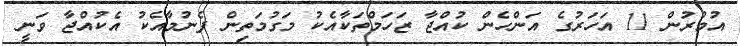
އުމުރުން 11 އަހަރުގެ އަންހެން ކުއްޖާ ޒަހަމްތަކާއެކު މަގުމަތިން ފެނުމާއެކު އެކުއްޖާ ވަނީ